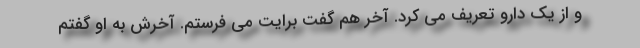
و از یک دارو تعریف می کرد. آخر هم گفت برایت می فرستم. آخرش به او گفتم